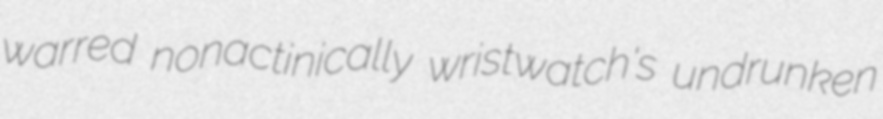
warred nonactinically wristwatch's undrunken